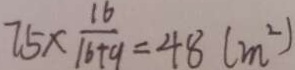
7 5 \times \frac { 1 6 } { 1 6 + 9 } = 4 8 ( m ^ { 2 } )